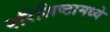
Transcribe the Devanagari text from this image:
परिशिष्टामध्ये